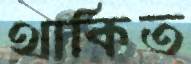
থাকিত